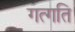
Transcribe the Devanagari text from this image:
गत्गति